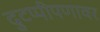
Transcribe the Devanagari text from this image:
दुटप्पीपणावर